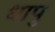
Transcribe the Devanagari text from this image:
धापु